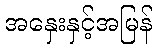
အနှေးနှင့်အမြန်